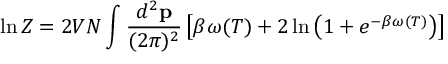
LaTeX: \ln Z = 2 V N \int { \frac { d ^ { 2 } { \bf p } } { ( 2 \pi ) ^ { 2 } } } \left[ \beta \omega ( T ) + 2 \ln \left( 1 + e ^ { - \beta \omega ( T ) } \right) \right]